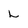
Character: L